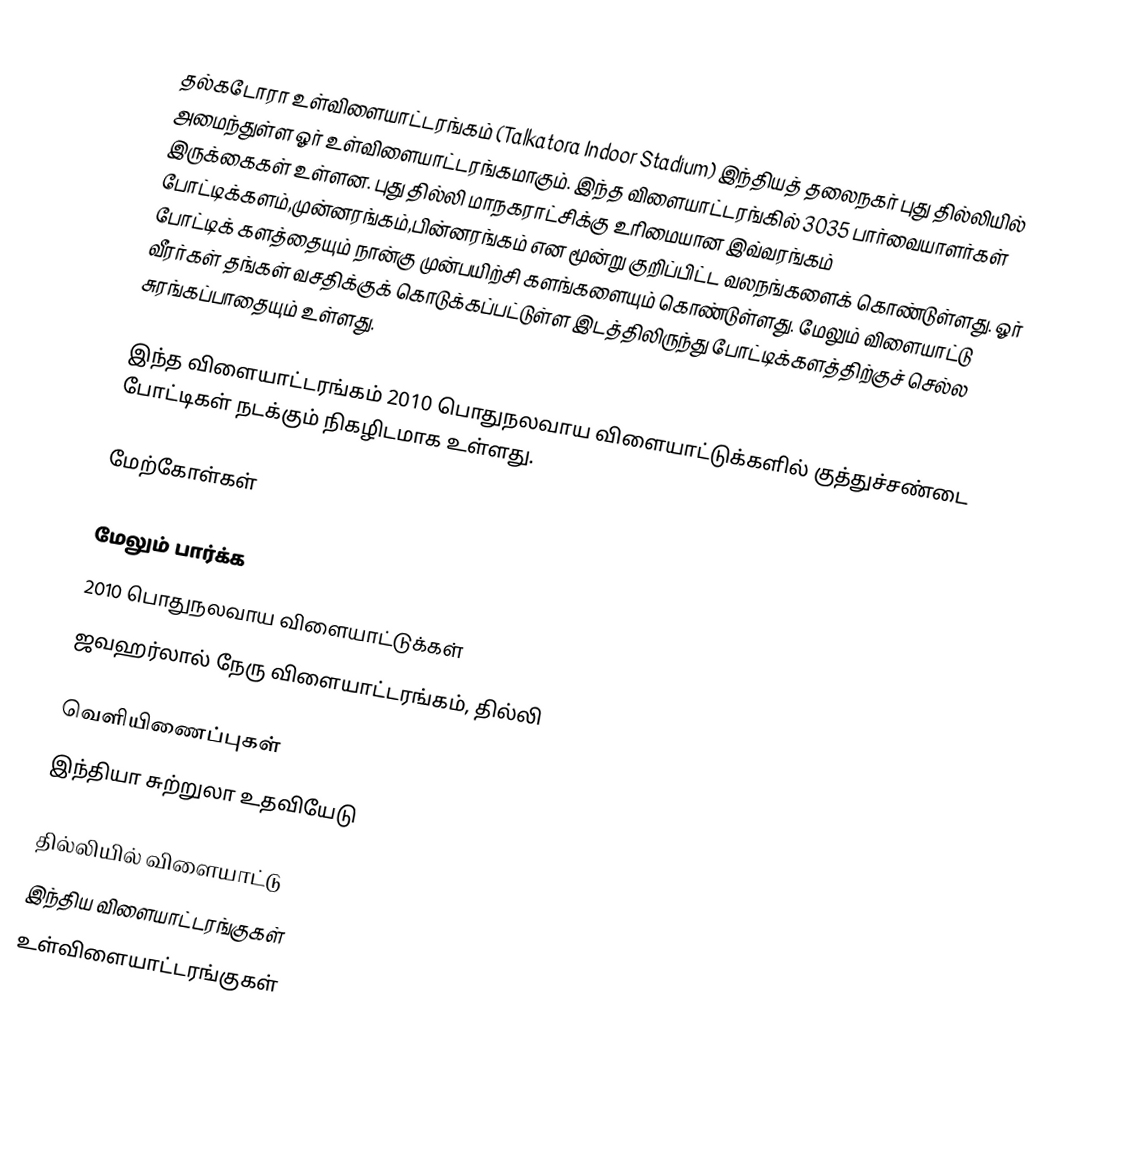
தல்கடோரா உள்விளையாட்டரங்கம் (Talkatora Indoor Stadium) இந்தியத் தலைநகர் புது தில்லியில் அமைந்துள்ள ஓர் உள்விளையாட்டரங்கமாகும். இந்த விளையாட்டரங்கில் 3035 பார்வையாளர்கள் இருக்கைகள் உள்ளன. புது தில்லி மாநகராட்சிக்கு உரிமையான இவ்வரங்கம் போட்டிக்களம்,முன்னரங்கம்,பின்னரங்கம் என மூன்று குறிப்பிட்ட வலநங்களைக் கொண்டுள்ளது. ஓர் போட்டிக் களத்தையும் நான்கு முன்பயிற்சி களங்களையும் கொண்டுள்ளது. மேலும் விளையாட்டு வீரர்கள் தங்கள் வசதிக்குக் கொடுக்கப்பட்டுள்ள இடத்திலிருந்து போட்டிக்களத்திற்குச் செல்ல சுரங்கப்பாதையும் உள்ளது.

இந்த விளையாட்டரங்கம் 2010 பொதுநலவாய விளையாட்டுக்களில் குத்துச்சண்டை போட்டிகள் நடக்கும் நிகழிடமாக உள்ளது.

மேற்கோள்கள்

மேலும் பார்க்க
2010 பொதுநலவாய விளையாட்டுக்கள்
ஜவஹர்லால் நேரு விளையாட்டரங்கம், தில்லி

வெளியிணைப்புகள்
இந்தியா சுற்றுலா உதவியேடு

தில்லியில் விளையாட்டு
இந்திய விளையாட்டரங்குகள்
உள்விளையாட்டரங்குகள்